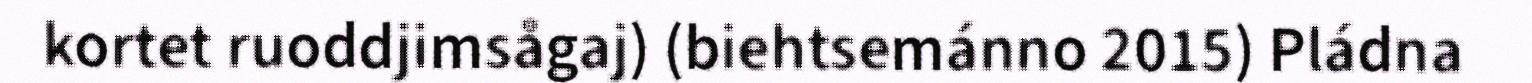
kortet ruoddjimsågaj) (biehtsemánno 2015) Pládna